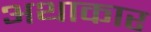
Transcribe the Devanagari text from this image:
अथाकार